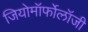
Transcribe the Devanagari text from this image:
जियोमॉर्फोलॉजी